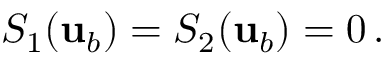
S _ { 1 } ( { \mathbf { u } } _ { b } ) = S _ { 2 } ( { \mathbf { u } } _ { b } ) = 0 \, .